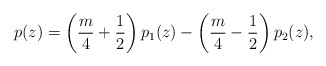
\begin{align*}p(z)=\left(\frac{m}{4}+\frac{1}{2}\right)p_1(z)-\left(\frac{m}{4}-\frac{1}{2}\right)p_2(z),\end{align*}